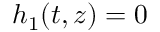
h _ { 1 } ( t , z ) = 0